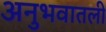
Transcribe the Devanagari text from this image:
अनुभवातली